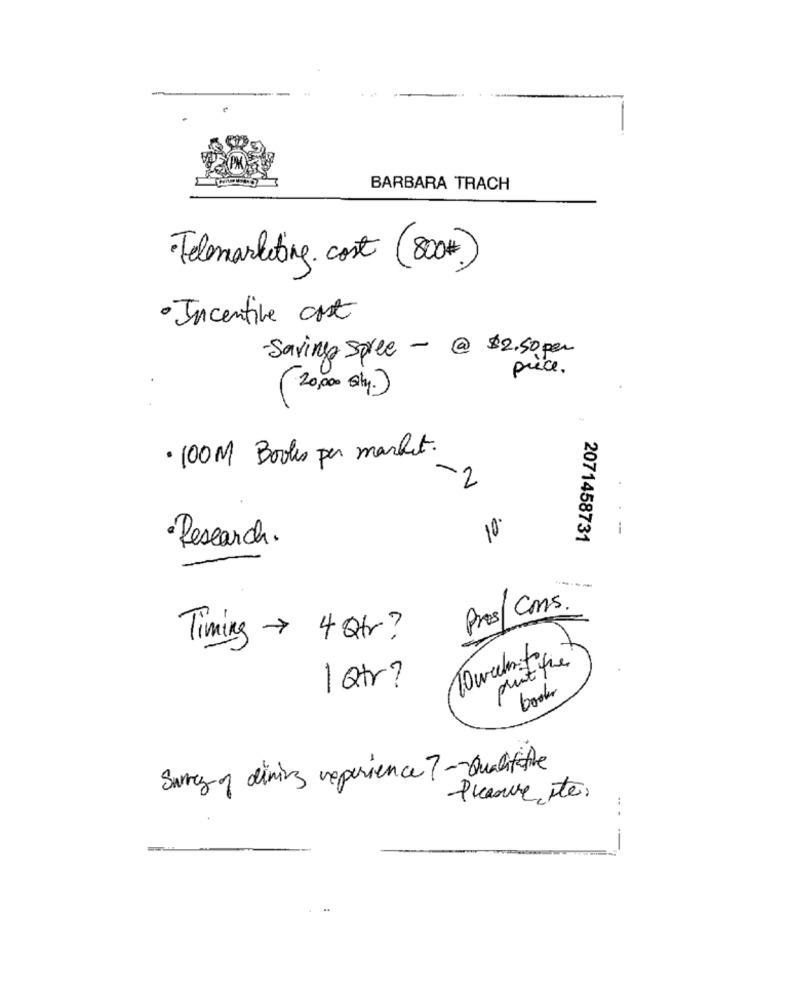
BARBARA TRACH
Telemarketing. cost (800#)
· Incentive ort
Savings Spree - @ $2.50 per
price .
(20,000 Gly.)
· 100M Books per market.
-2
.
10
-
· Research.
2071458731
Pros/Cms.
Timing > 4str ?
10 weeksfor
print fre
1 Qtr?
books
Surrey of dining reperience ?- Qualifie
Pleasure, ste.
...